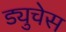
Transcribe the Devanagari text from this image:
ड्युचेस